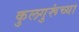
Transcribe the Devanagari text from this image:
कुलगुरूंच्या